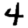
Digit: 4